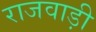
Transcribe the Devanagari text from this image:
राजवाड़ी